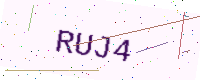
Text: RUJ4